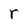
Character: r